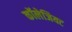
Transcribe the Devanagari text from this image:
कॉलेजियट